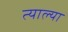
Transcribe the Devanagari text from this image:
त्याल्या